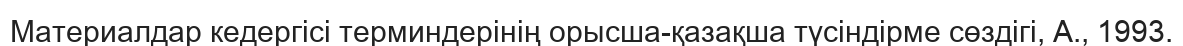
Материалдар кедергісі терминдерінің орысша-қазақша түсіндірме сөздігі, А., 1993.